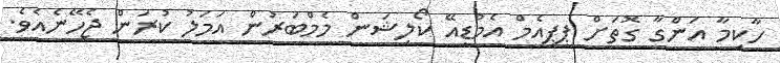
ހާކިމާ އަންގާ ގޮތަށް ޕީޕީއެމް އެމްޑީއޭ ކޯލިޝަން މެމްބަރުން އަމަލު ކުރަން ޖެހޭނެއެވެ.